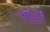
કાછ